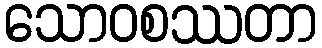
သောဝစဿတာ